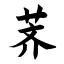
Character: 荠